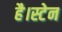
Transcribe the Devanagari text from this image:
है।स्टेन